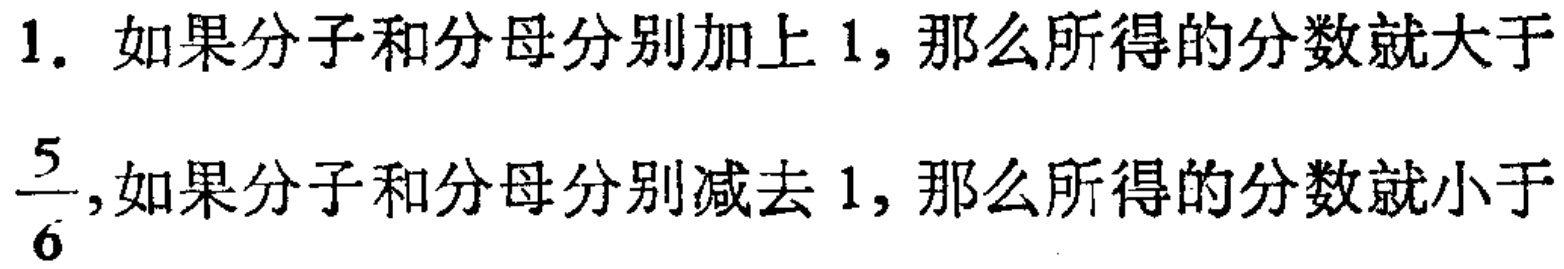
1. 如果分子和分母分别加上 1，那么所得的分数就大于$\frac{5}{6}$,如果分子和分母分别减去 1，那么所得的分数就小于$\frac{5}{6}$